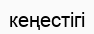
кеңестігі